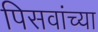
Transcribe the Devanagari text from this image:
पिसवांच्या